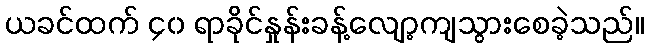
ယခင်ထက် ၄၀ ရာခိုင်နှုန်းခန့်လျော့ကျသွားစေခဲ့သည်။